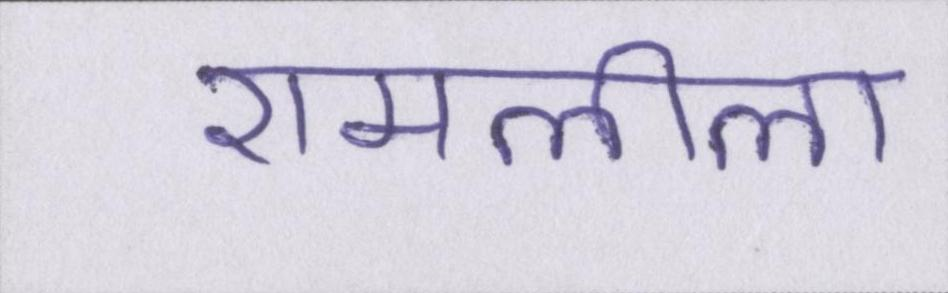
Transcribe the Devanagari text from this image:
रामलीला